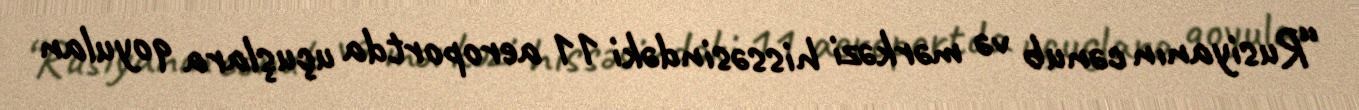
“Rusiyanın cənub və mərkəzi hissəsindəki 11 aeroportda uçuşlara qoyulan